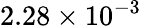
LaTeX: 2.28\times 10^{-3}